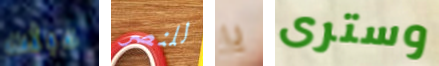
عبثت للنصر يا وسترى